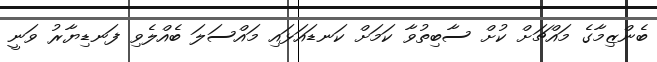
ބެންޒިމާގެ މައްޗަށް ކުށް ސާބިތުވާ ކަމަށް ކަނޑައަޅައި މައްސަލަ ބެއްލެވި ފަނޑިޔާރު ވަނީ